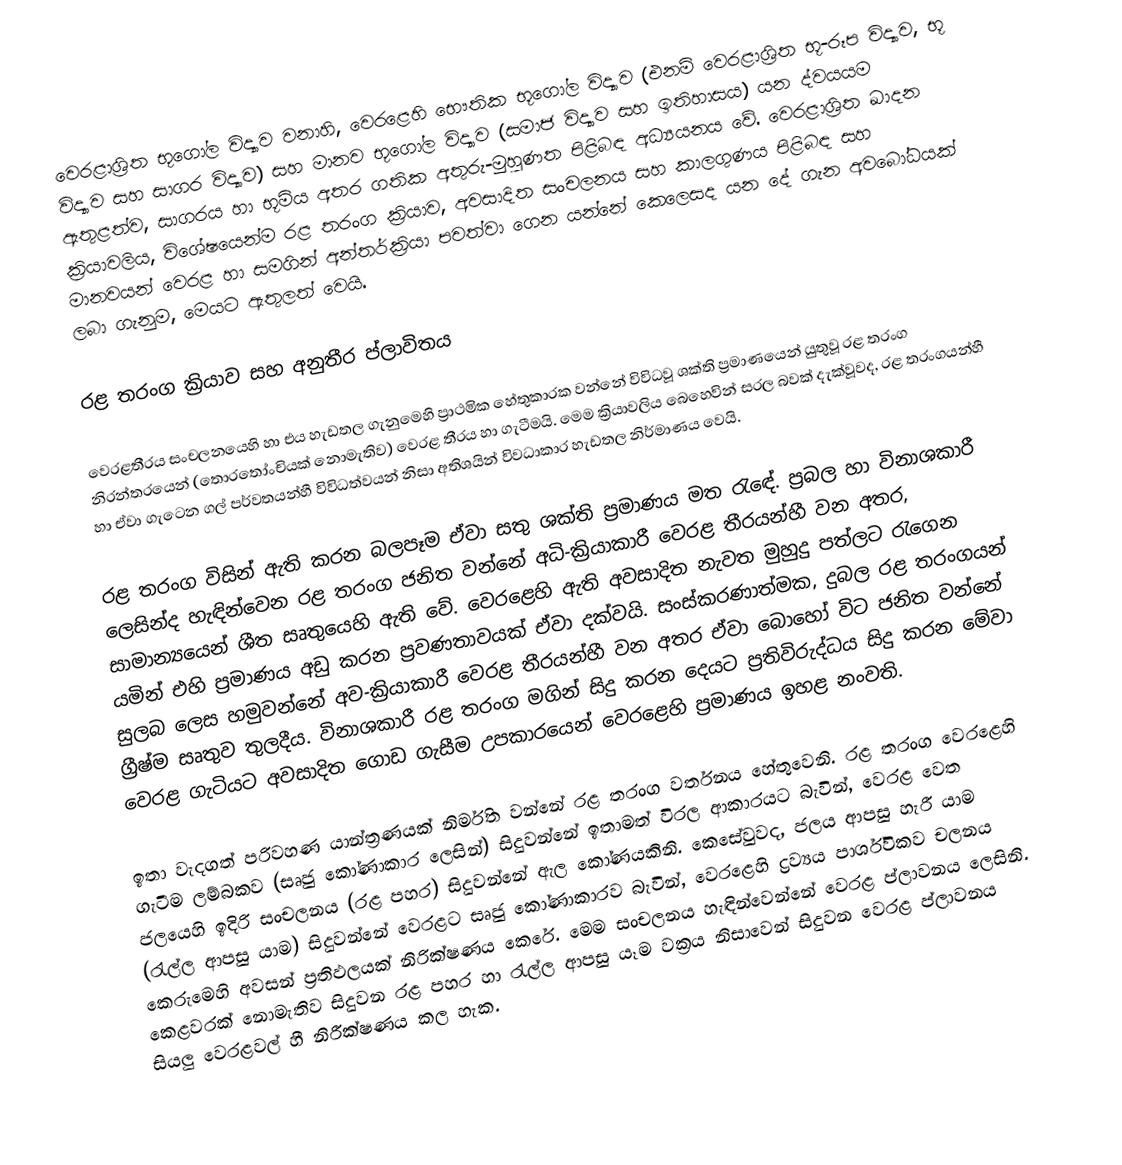
වෙරළාශ්‍රිත භූගෝල විද්‍යාව  වනාහි,  වෙරළෙහි භෞතික භූගෝල විද්‍යාව (එනම් වෙරළාශ්‍රිත භූ-රූප විද්‍යාව, භූ විද්‍යාව සහ සාගර විද්‍යාව) සහ  මානව භූගෝල විද්‍යාව (සමාජ විද්‍යාව සහ ඉතිහාසය)  යන ද්වයයම ඇතුළත්ව, සාගරය හා භූමිය අතර ගතික අතුරු-මුහුණත පිළිබඳ අධ්‍යයනය වේ. වෙරළාශ්‍රිත ඛාදන ක්‍රියාවලිය, විශේෂයෙන්ම රළ තරංග ක්‍රියාව, අවසාදිත සංචලනය සහ කාලගුණය පිළිබඳ  සහ මානවයන් වෙරළ හා සමගින් අන්තර්ක්‍රියා පවත්වා ගෙන යන්නේ කෙලෙසද යන දේ ගැන අවබෝධයක් ලබා ගැනුම,  මෙයට ඇතුලත් වෙයි.

රළ තරංග ක්‍රියාව සහ අනුතීර ප්ලාවිතය

වෙරළතීරය සංචලනයෙහි හා එය හැඩතල ගැනුමෙහි  ප්‍රාථමික හේතුකාරක වන්නේ විවිධවූ ශක්ති ප්‍රමාණයෙන් යුතුවූ රළ තරංග නිරන්තරයෙන් (තොරතෝංචියක් නොමැතිව) වෙරළ තීරය හා ගැටීමයි. මෙම ක්‍රියාවලිය බෙහෙවින් සරල බවක් දැක්වූවද, රළ තරංගයන්හී හා ඒවා ගැටෙන ගල් පර්වතයන්හී විවිධත්වයන් නිසා අතිශයින් විවධාකාර හැඩතල නිර්මාණය වෙයි.

රළ තරංග විසින් ඇති කරන බලපෑම ඒවා‍ සතු ශක්ති ප්‍රමාණය මත රැ‍ඳේ. ප්‍රබල හා විනාශකාරී ලෙසින්ද හැඳින්වෙන රළ තරංග ජනිත වන්නේ අධි-ක්‍රියාකාරී වෙරළ තීරයන්හී වන අතර, සාමාන්‍යයෙන් ශීත සෘතුයෙහි ඇති වේ. වෙරළෙහි ඇති අවසාදිත නැවත මුහුදු පත්ලට රැගෙන යමින් එහි ප්‍රමාණය අඩු කරන ප්‍රවණතාවයක් ඒවා දක්වයි. සංස්කරණාත්මක, දුබල රළ තරංගයන් සුලබ ලෙස හමුවන්නේ අව-ක්‍රියාකාරී වෙරළ තීරයන්හී වන අතර ඒවා බොහෝ විට ජනිත වන්නේ ග්‍රීෂ්ම සෘතුව තුලදීය. විනාශකාරී රළ තරංග මගින් සිදු කරන දෙයට  ප්‍රතිවිරුද්ධය සිදු කරන මේවා වෙරළ ගැටියට අවසාදිත ගොඩ ගැසීම උපකාරයෙන් වෙරළෙහි ප්‍රමාණය ඉහළ නංවති.

ඉතා වැදගත් පරිවහණ යාන්ත්‍රණයක් නිර්මිත වන්නේ  රළ තරංග වර්තනය හේතුවෙනි. රළ තරංග වෙරළෙහි ගැටීම ලම්බකව (සෘජු කෝණාකාර ලෙසින්) සිදුවන්නේ ඉතාමත් විරල ආකාරයට බැවින්, වෙරළ වෙත ජලයෙහි ඉදිරි සංචලනය (රළ පහර) සිදුවන්නේ ඇල කෝණයකිනි. කෙසේවුවද, ජලය ආපසු හැරී යාම (රැල්ල ආපසු යාම) සිදුවන්නේ වෙරළට සෘජු කෝණාකාරව බැවින්, වෙරළෙහි ද්‍රව්‍යය පාර්ශ්විකව චලනය කෙරුමෙහි අවසන් ප්‍රතිඵලයක් නිරික්ෂණය කෙරේ. මෙම සංචලනය හැඳින්වෙන්නේ වෙරළ ප්ලාවනය ලෙසිනි. කෙළවරක් නොමැතිව සිදුවන රළ පහර හා රැල්ල ආපසු යෑම වක්‍රය නිසාවෙන් සිදුවන වෙරළ ප්ලාවනය සියලු වෙරළවල් හී නිරීක්ෂණය කල හැක.